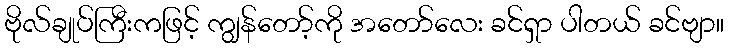
ဗိုလ်ချုပ်ကြီးကဖြင့် ကျွန်တော့်ကို အတော်လေး ခင်ရှာ ပါတယ် ခင်ဗျာ။